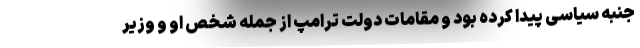
جنبه سیاسی پیدا کرده بود و مقامات دولت ترامپ از جمله شخص او و وزیر